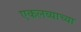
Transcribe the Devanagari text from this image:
एकलव्याच्या